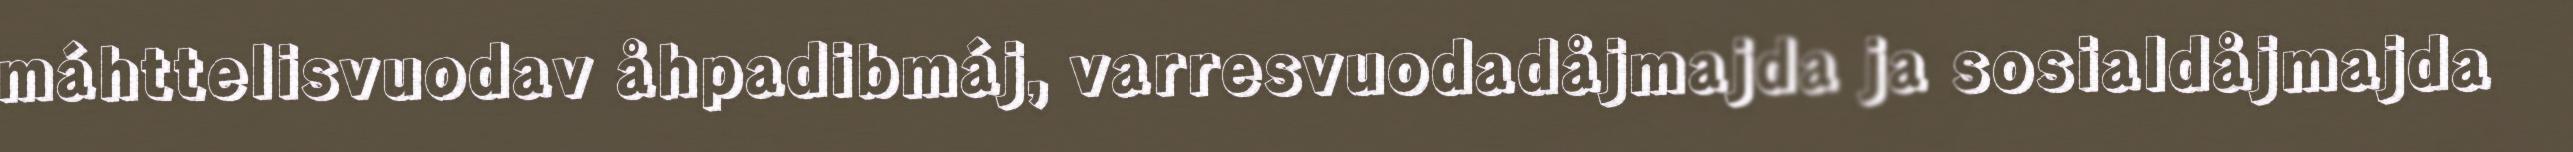
máhttelisvuodav åhpadibmáj, varresvuodadåjmajda ja sosialdåjmajda